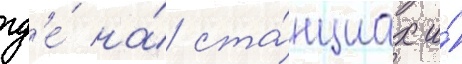
гд'е́ на́ ста́нциах и́